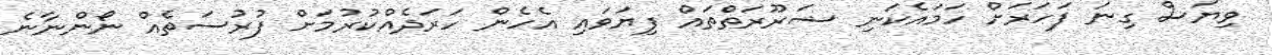
ވިޔަސް ގިނަ ފަހަރަށް ހަމައެކަނި ޟަރޫރަތްތައް ފިޔަވައި އެހެން ހަރަދެއްކުރުމަށް ފުރުސަތެއް ނޯންނާނެ